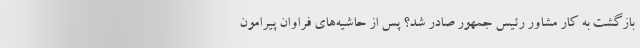
بازگشت به کار مشاور رئیس جمهور صادر شد؟ پس از حاشیه‌های فراوان پیرامون